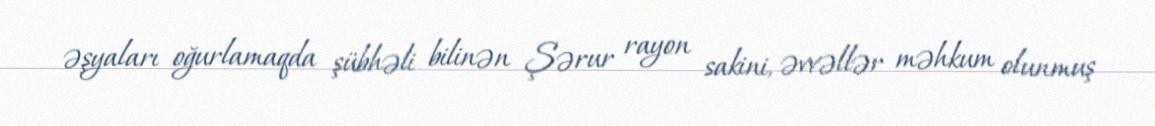
əşyaları oğurlamaqda şübhəli bilinən Şərur rayon sakini, əvvəllər məhkum olunmuş